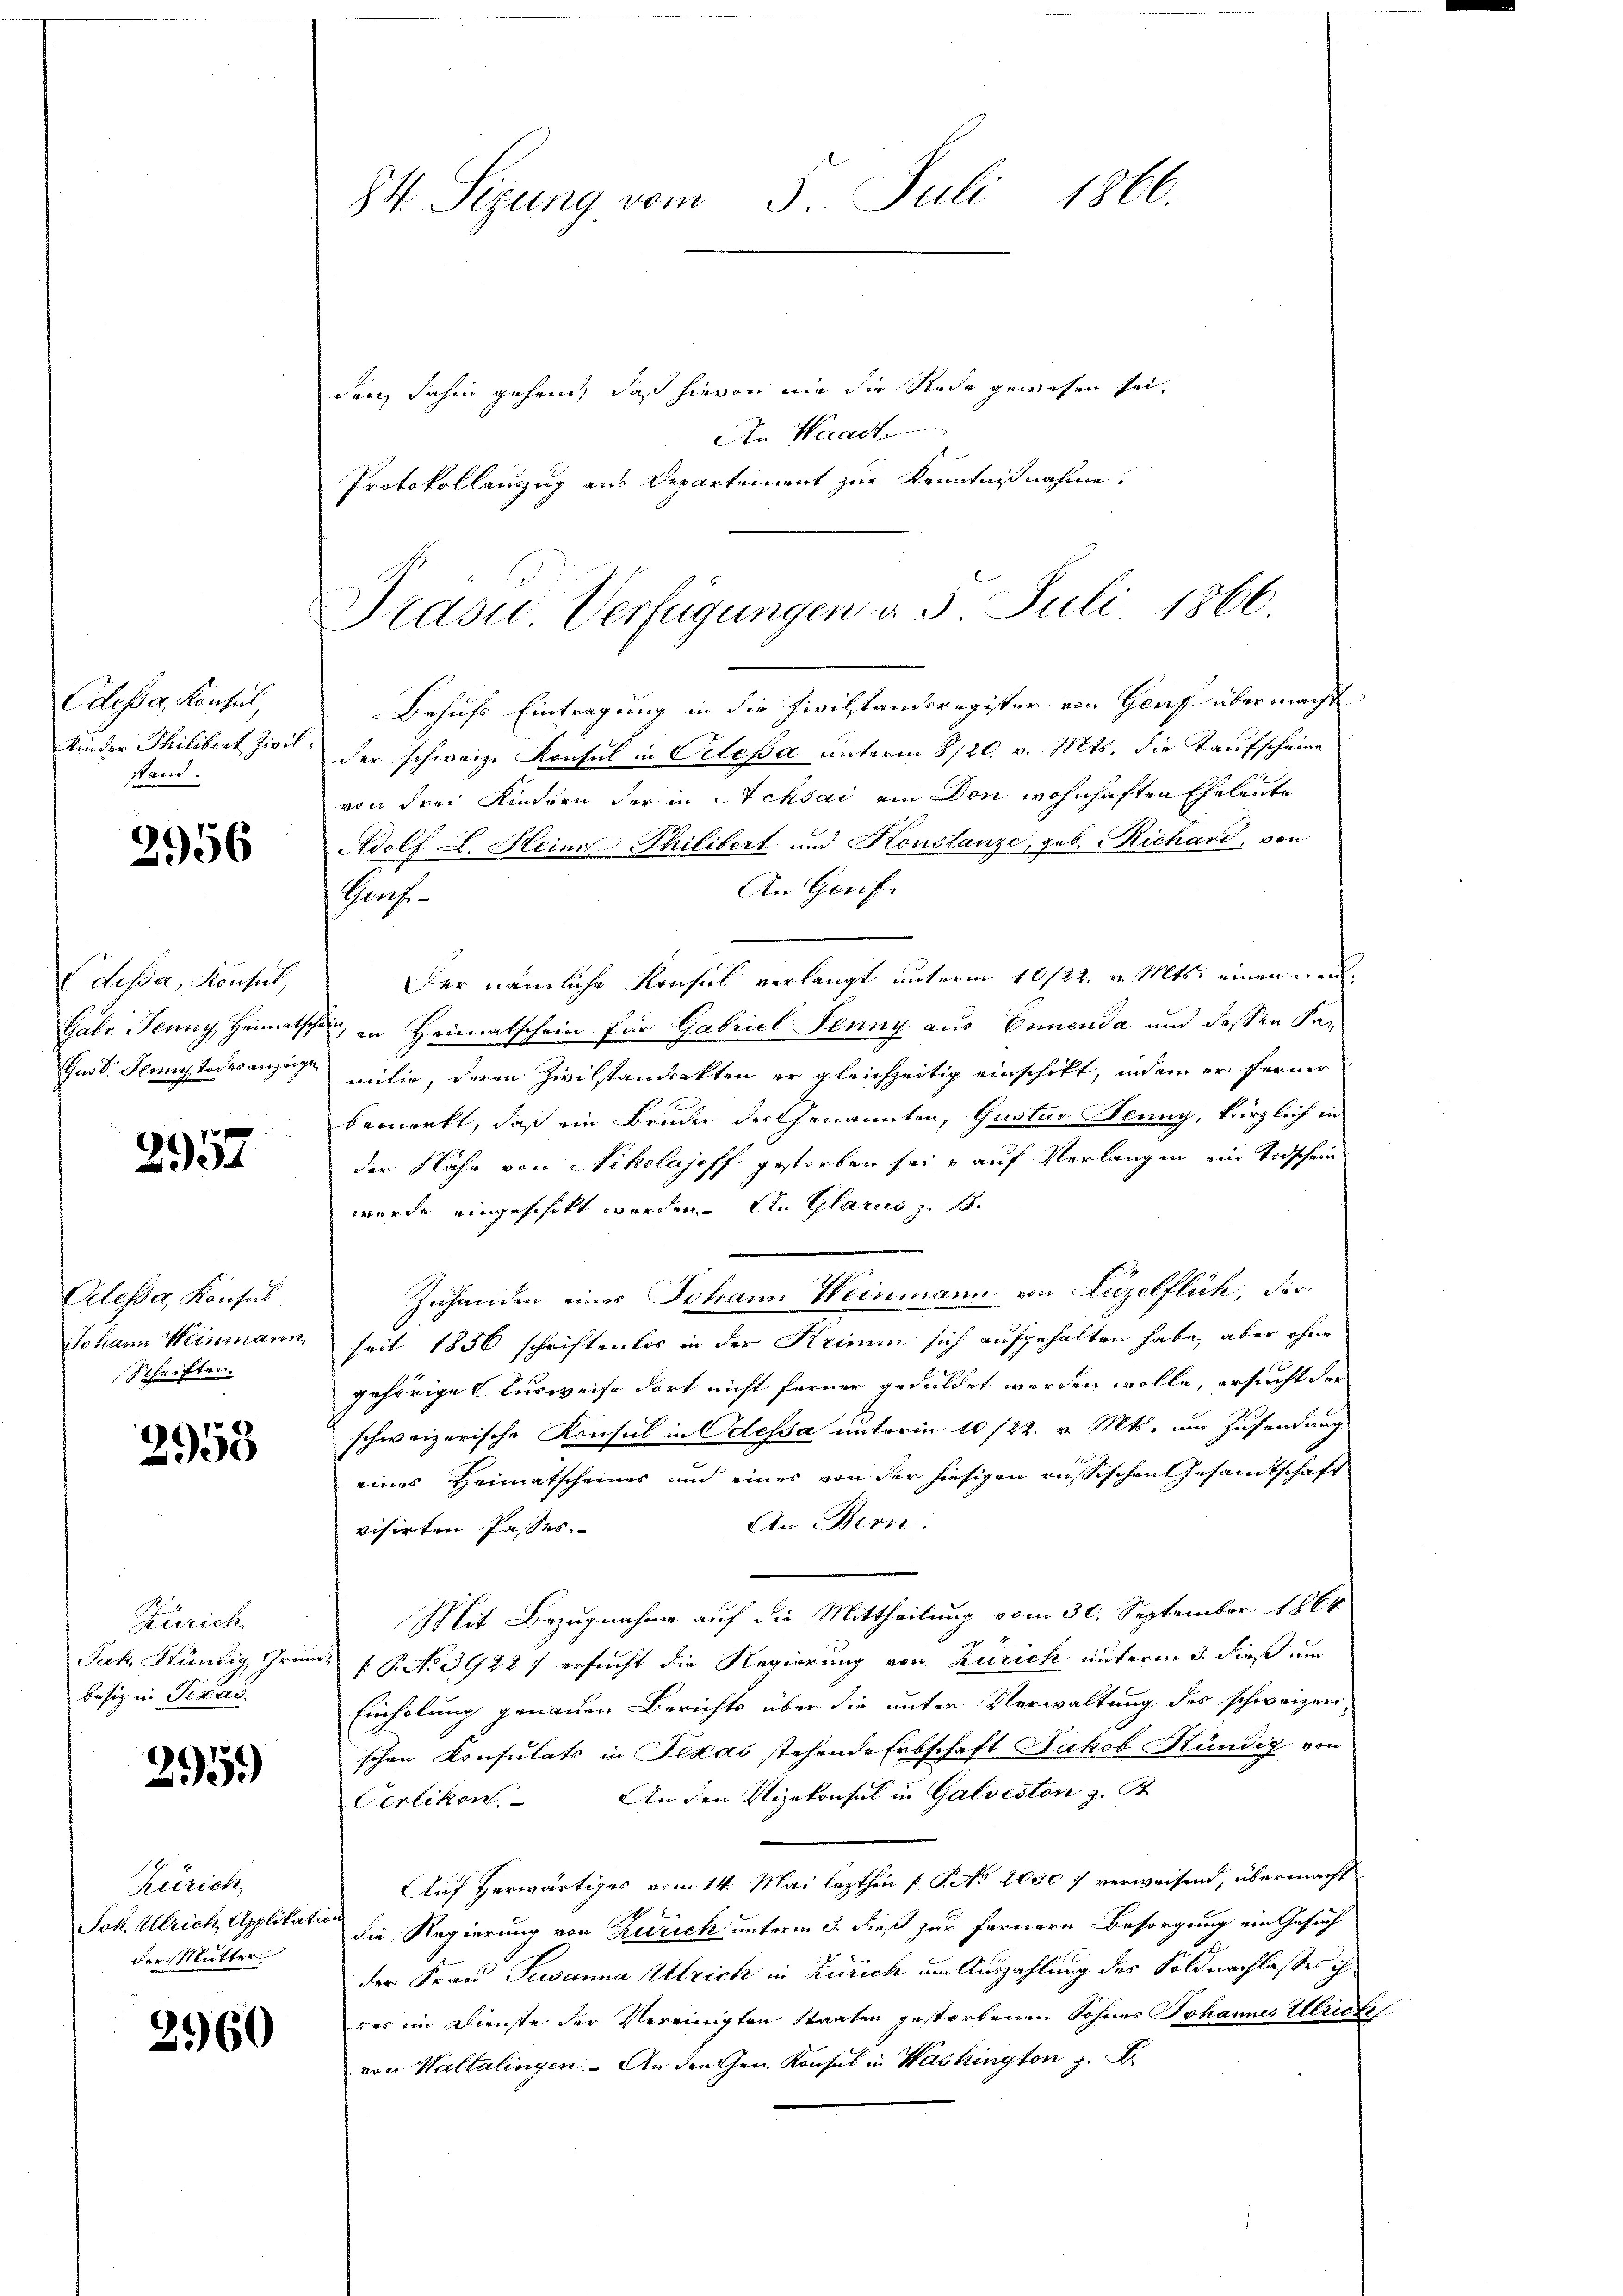
Odessa, Konsul,
Kinder Thilibert Zivil
stand.

2956

Edesa, Konsul,

2957

Odesser, Konsul
Johann Heinmann
Schriften.

2958

Zürich
besiz in Texas.

2959)

Zürich
der Mutter

2960

84. Sizung vom 5. Juli 1866.

Präsid. Verfügungen d. 5. Juli 1866.

den, dahin gehend, daß hievon nie die Rede gewesen sei,
An Waadt.
Protokollauszug aus Departement zur Kenntnißnahme.
Behufs Eintragung in die Zivilstandsregister von Genf übermacht
der schweiz. Konsul in Odessa unterm 8/20. v. Mts. die Kaufscheine
von drei Kindern der in Achsai am Don wohnhaften Eheleute
Adolf L. Heine Philibert und Konstanze, geb. Richard, von
An Genf.
Groche
Der nämliche Konsiel verlangt unterm 10/22. v. Mts. einen neu¬
Gabe. Jenny, Heimatschen, in Heimatschein für Gabriel Senny aus Gemenda und dessen Ka¬
Gust. Jenny Todesanzeigen mitin, deren Zivilstandsakten er gleichzeitig einschikt, indem er ferner
bemerkt, daß ein Bruder der Genannten, Gustav Jenny, kürzlich in
der Nähe von Nikolajoff gestorben sei u auf Verlangen ein Todschen
wurde eingeschikt werden. An Glarus zu 1.
Zuhanden eines Johann Weinmann von Luzelflich, der
seit 1856 schriftenlos in der Krimum sich aufgehalten habe, aber ohne
gehörige Ausweise dort nicht ferner gedulchet werden wolle, ersucht der
schweizerische Konsul in Odessa unterm 10/22. v. Mts. im Zusendung
eines Heiratscheines und eines von der hiesigen russischen Gesamtschaft
An Berne.
visirten Passes.
Mit Bezugnahme auf die Mittheilung vom 30. September 1864
Jak. Kündig Grunde P. No 39227 ersucht die Regierung von Zürich unterm 3. dieß um
Einholung genauen Berichts über die unter Verwaltung des schweizeri
schen Konsulats in Texai stehende Erbschaft Jakob Stündig von
An den Vizekonsul in Galveston z. B.
Oerlikon.
Auf Herwärtiges vom 14. Mai lezthin P. P. No 2030 7 verweisend, übermacht
Joh. Ulrich, Applikation die Regierung von Zürich unterm 3. dieß zur fernern Besorgung ein Gesuch
der Frau Tewanna Ulrich in Zürich um Auszahlung des Soldnachlasses ih
res im Dienste der Vereinigten Staaten gestorbenen Sohnes Johannes Ulriche
von Waltalingen. An den Gen. Konsul in Washington